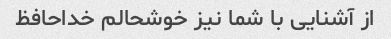
از آشنایی با شما نیز خوشحالم خداحافظ